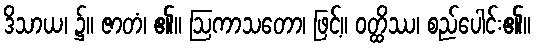
ဒိသာယ၊ ၌။ ဇာတံ၊ ၏။ ဩကာသတော၊ ဖြင့်။ ဝတ္ထိဿ၊ စည်ပေါင်း၏။